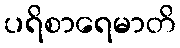
ပရိစာရေမာတိ